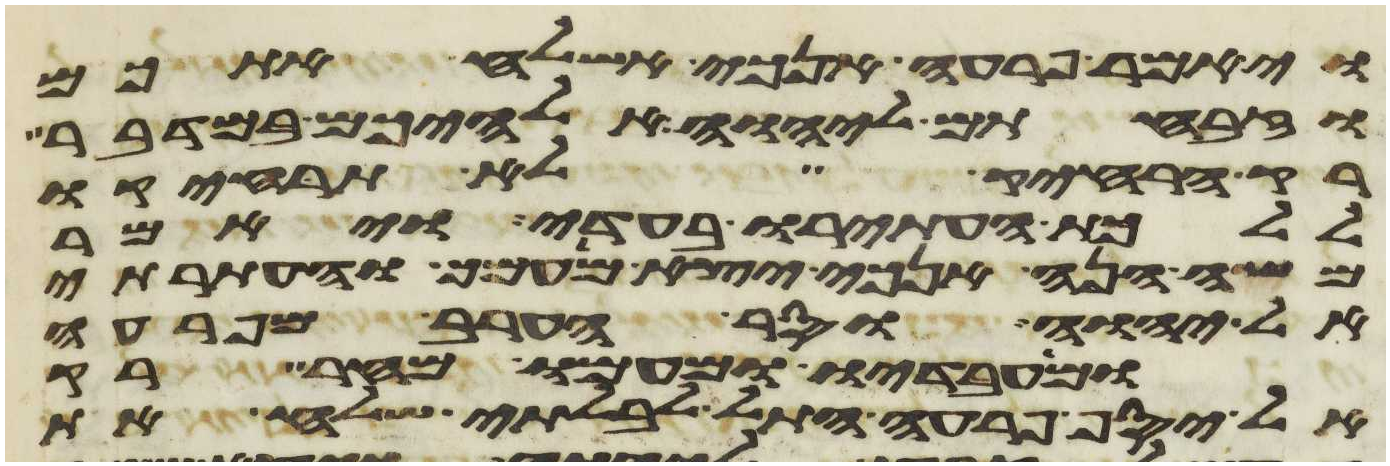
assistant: ויאמר פרעה אנכי אשלח אתכם
וזבחתם ליהוה אלהיכם במדבר
רק הרחיק לא תרחיקו
ללכת העתירו בעדי ויאמר
משה הנה אנכי יצא מעמך והעתרתי
אל יהוה וסר הערב מפרעה
ומעבדיו ומעמו מחר רק
אל יסף פרעה התל לבלתי שלח את